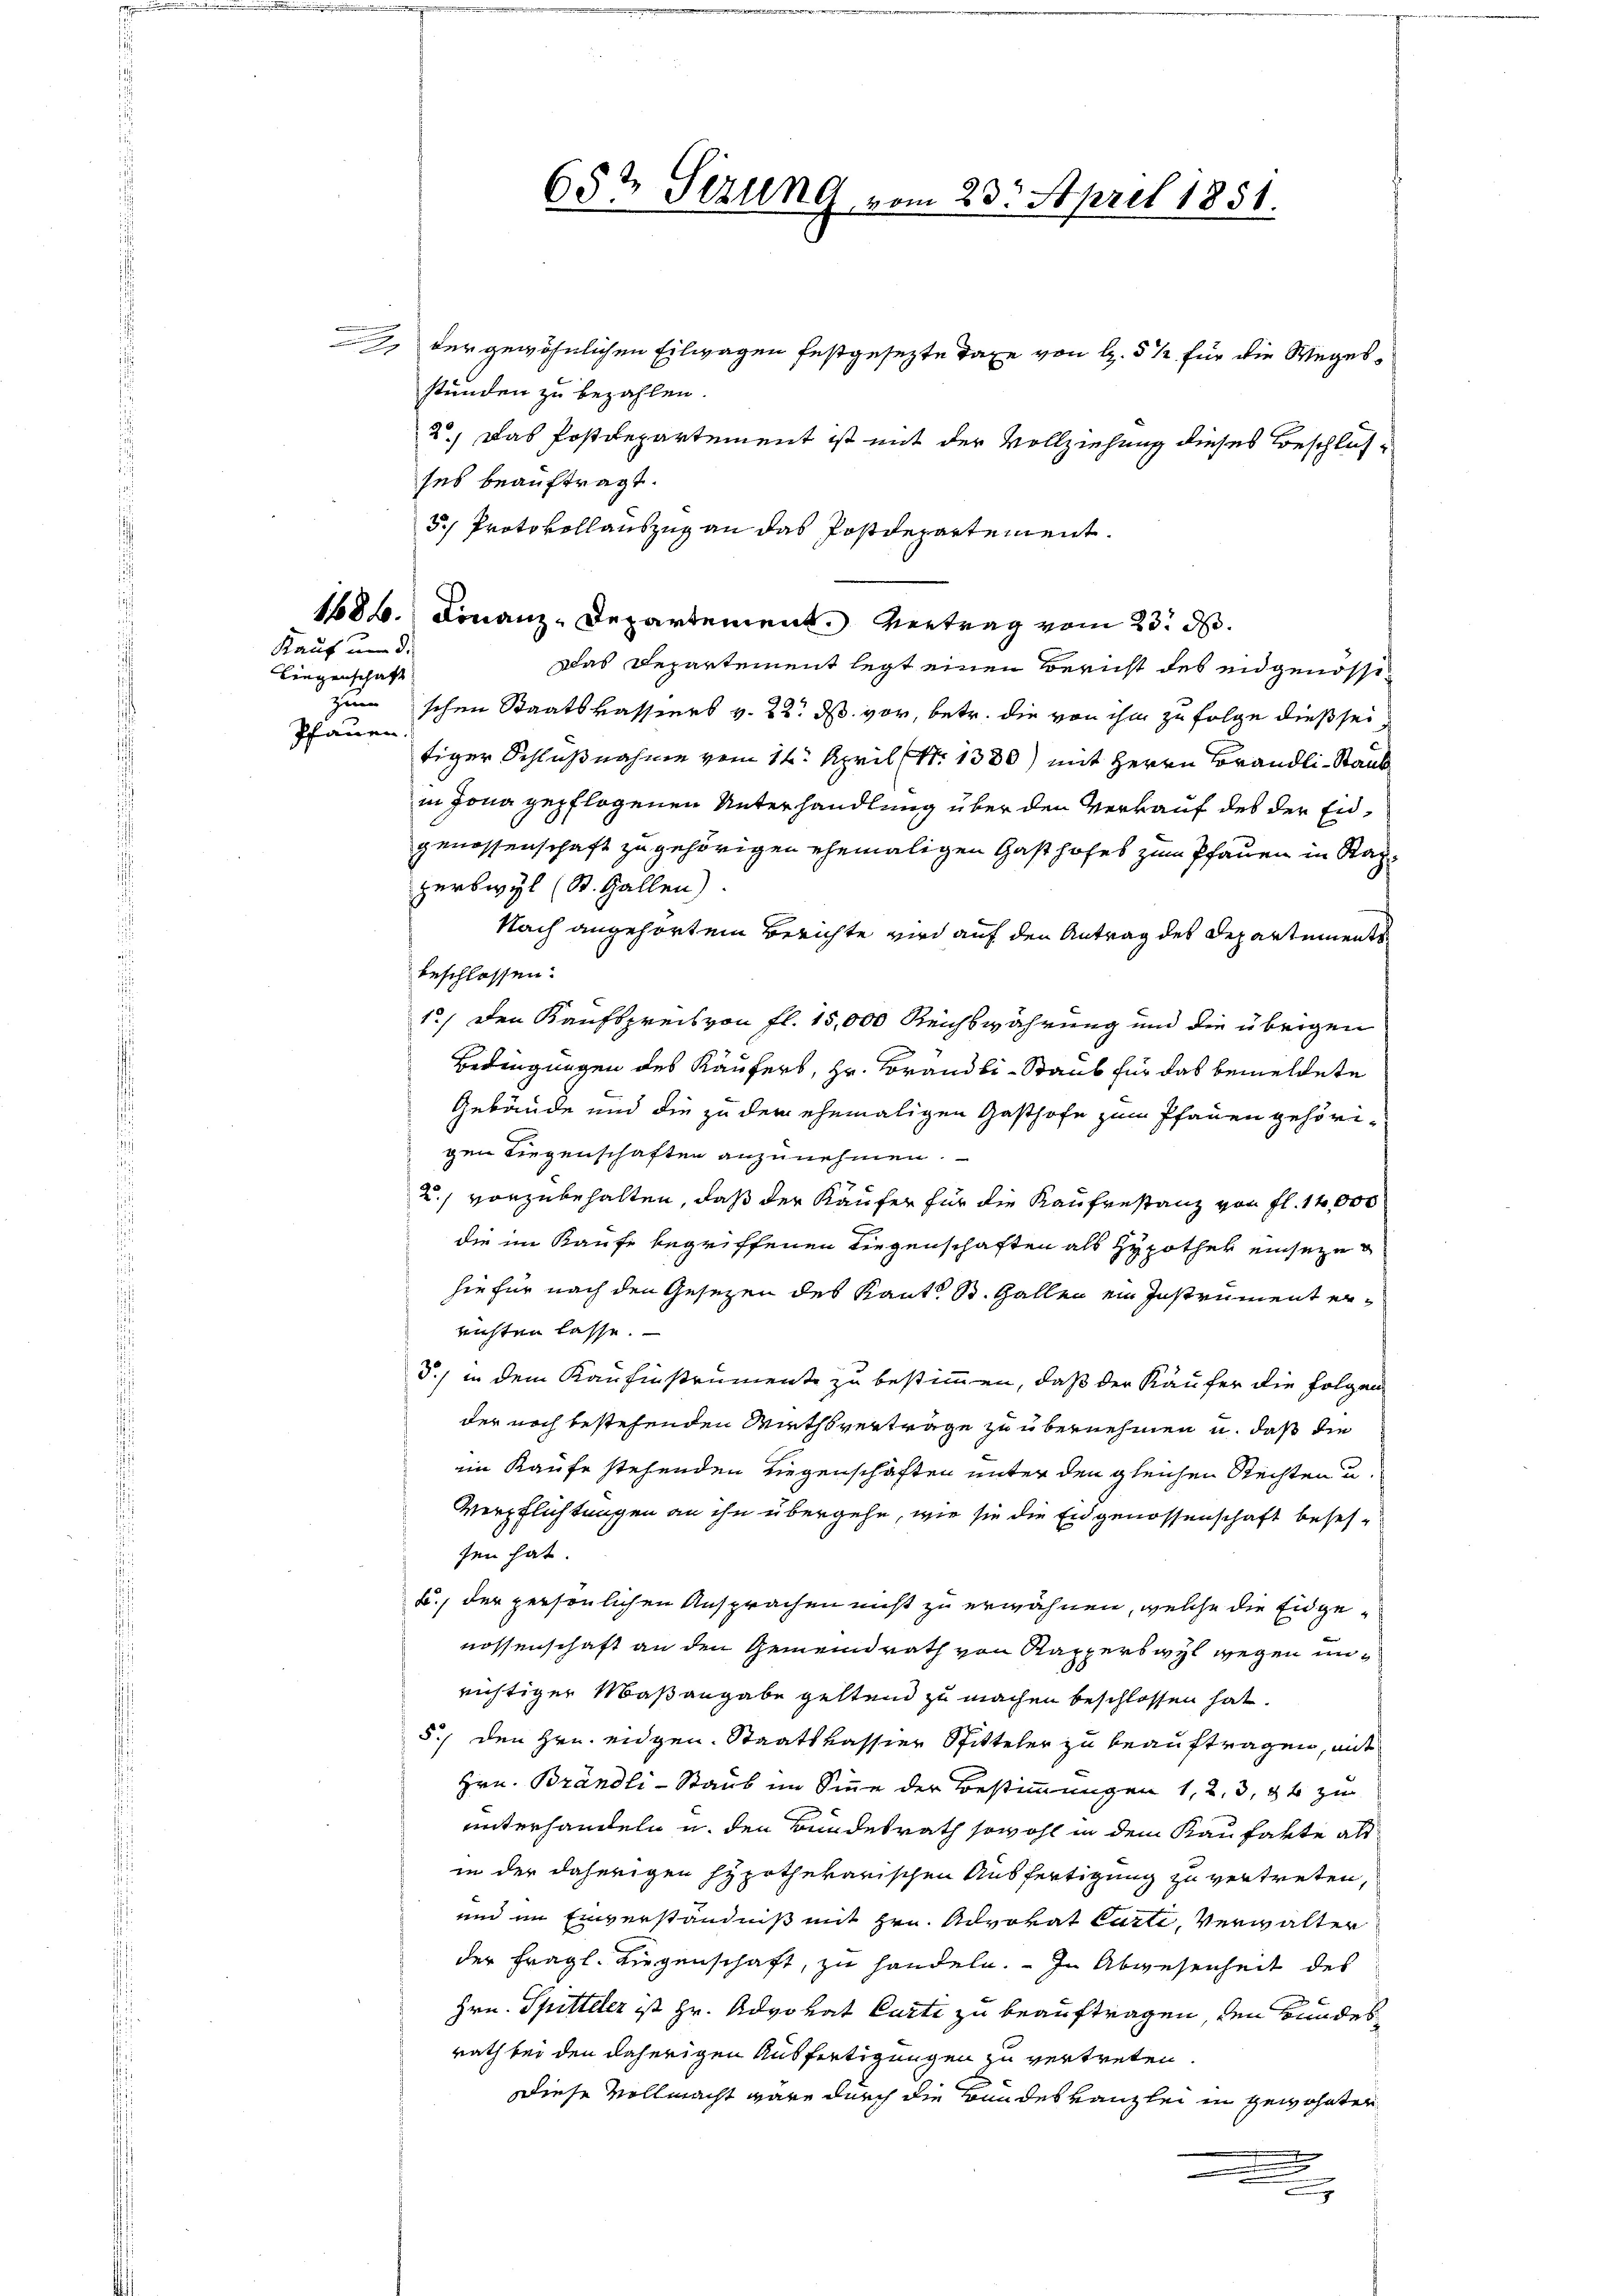
Kauf um d.

Liegenschaft
Pfauen

.

65t Sezung vom 23. April 1851.

2. der gewöhnlichen Eilwagen festgesezte Taxe von G. § 1 für die Wegesstunden zu bezahlen.
2) Das Postdepartement ist mit der Vollziehung dieses Beschlusses beauftragt.
5) Protokollauszug an das Postdepartement.
1686. Finanz-Departement. Vertrag vom 23. d.
Das Departement legt einen Bericht des ungenossezumschen Staatskassiers v. 22. ds vor, betr. die von ihm zu folge dieß seitiger Schlußnahme vom 14. April (Nr. 1330) mit Herrn Brändli-Staub
in Jona gepflogenen Unterhandlung über den Verkauf des der Eidgenossenschaft zu gehörigen ehemaligen Gasthofes zum Pfauen in Kapperswyl (St. Gallen).
Nach angehörtem Berichte wird auf den Antrag des Departements
beschlossen:
1.) Den Kaufspreis von fl. 15,000 Reichswahrung und die übrigen
Bedingungen des Käufers, Hr. Brandli-Staub für das bemeldete
Gebäude und die zu dem ehemaligen Gasthofe zum Pfauen gehörigen Liegenschaften anzunehmen.
2) vorzubehalten, daß der Käufer für die Kaufenstanz von fl. 14,000
die im Kaufe begriffenen Liegenschaften als Hypothek einseze
hiefür nach den Gesezen des Kant, S. Gallen ein Instrument errichten lasse.
5.) in dem Kaufinstrumente zu bestimmen, daß der Käufer die Folgen
der noch bestehenden Miethsverträge zu übernehmen u. daß die
im Kaufe stehenden Liegenschaften unter den gleichen Rechten u.
Verpflichtungen an ihn übergehe, wie sie die Eidgenossenschaft besetsen hat.
B., der persönlichen Ansprachen nicht zu erwähnen, welche die Eidgenossenschaft an den Gemeindrath von Kapperswyl wegen unrichtiger Maßangabe geltend zu machen beschlossen hat.
5) den Hrn. eidgen. Staatskassier Sitteler zu beauftragen, mit
Hrn. Brändli-Staub im Sinne der Bestimmungen 1, 2, 3, 88 zu
unterhandeln u. den Bundesrath sowohl in dem Kaufakte als
in der daherigen hypothekarischen Ausfertigung zu vertreten,
unn im Einverständnis mit Hrn. Advokat Carte, Verwalter
der fragl. Liegenschaft, zu handeln. In Abwesenheit des
Hrn. Spitteler ist Hr. Advokat Curti zu beauftragen, den Bundes
rath bei den daherigen Ausfertigungen zu vertreten.
Diese Vollmacht wäre durch die Bundeskanzlei in gewohnten